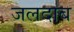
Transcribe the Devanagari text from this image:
जलदाब